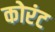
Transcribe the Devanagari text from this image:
कोरंट